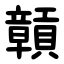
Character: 贑